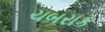
ચબરાક